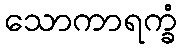
သောကာရက္ခံ